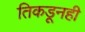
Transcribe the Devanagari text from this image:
तिकडूनही